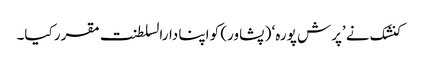
کنشک نے ’پرش پورہ‘ ( پشاور) کو اپنا دارالسلطنت مقرر کیا۔